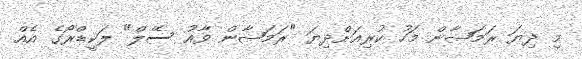
މި ދިޔަ ރަމަޟާން މަހު ކުރިއަށްދިޔަ "ރަމަޟާން ވާއު ސޭލް" ލަކީޑްރޯގެ އެއް